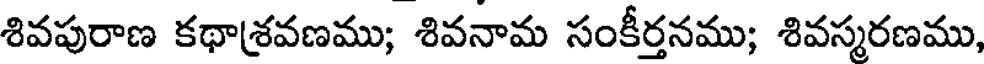
శివపురాణ కథాశ్రవణము; శివనామ సంకీర్తనము; శివస్మరణము,